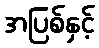
အပြစ်နှင့်